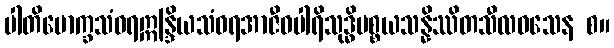
ပါတိမောက္ခသံဝရဣန္ဒြိယသံဝရအာဇီဝပါရိသုဒ္ဓိပစ္စယသန္နိဿိတသီလဝသေန စ။